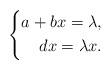
LaTeX: \begin{align*}\left\{\begin{aligned}a+bx=\lambda,\\dx=\lambda x.\end{aligned}\right.\end{align*}